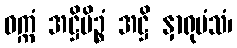
ဝက္ကံ အဋ္ဌိမိဉ္စံ အဋ္ဌိ နှာရုမံသံ၊